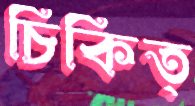
চিকিত্